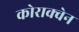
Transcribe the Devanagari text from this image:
कोराक्वेन